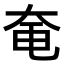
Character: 𪥍